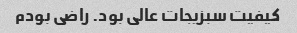
کیفیت سبزیجات عالی بود. راضی بودم